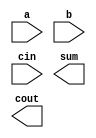
module CLA_16bit(a,b,cin,sum,cout);

    input [15:0] a,b;
    input cin;
    output [15:0] sum;
    output cout;

	//---Write down your design here---//
    
	//---------------------------------//

endmodule

module gp_generator(a,b,g,p);

    input [3:0] a,b;
    output [3:0] g,p;
    
    // g = a x b && p = a + b
    assign g = a & b;
    assign p = a | b;

endmodule

module carry_generator(g,p,cin,c,gG,gP,cout);

    input [3:0] g,p;
    input cin;
    output gG,gP;
    output [3:0] c;
    output cout;

    //create gG and gP
    assign gG = g[3] | (p[3] & g[2]) | (p[3] & p[2] & g[1]) | (p[3] & p[2] & p[1] & g[0]);
	assign gP = p[3] & p[2] & p[1] & p[0];
	
    assign c[0] = cin;
    //create carrys
    assign c[1] = g[0] | (p[0] & cin);
    assign c[2] = g[1] | (p[1] & g[0]) | (p[1] & p[0] & cin);
    assign c[3] = g[2] | (p[2] & g[1]) | (p[2] & p[1] & g[0]) | (p[2] & p[1] & p[0] & cin);

    //cout
    assign cout = g[3] | (p[3] & g[2]) | (p[3] & p[2] & g[1]) | (p[3] & p[2] & p[1] & g[0]) | (p[3] & p[2] & p[1] & p[0] & cin);

endmodule

module sum_geneator(a,b,c,sum);

    input [15:0] a,b;
    input [15:0] c;
    output [15:0] sum;

    //sum = a ^ b ^ c;
    assign sum = a ^ b ^ c;

endmodule